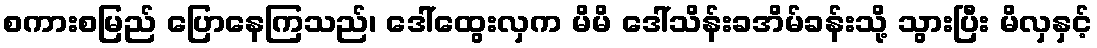
စကားစမြည် ပြောနေကြသည်၊ ဒေါ်ထွေးလှက မိမိ ဒေါ်သိန်းခအိမ်ခန်းသို့ သွားပြီး မိလှနှင့်